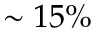
\sim 1 5 \%